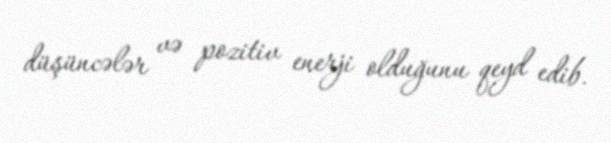
düşüncələr və pozitiv enerji olduğunu qeyd edib.